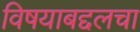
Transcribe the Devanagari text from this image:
विषयाबद्दलचा